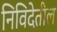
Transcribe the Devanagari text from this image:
निविदेतील